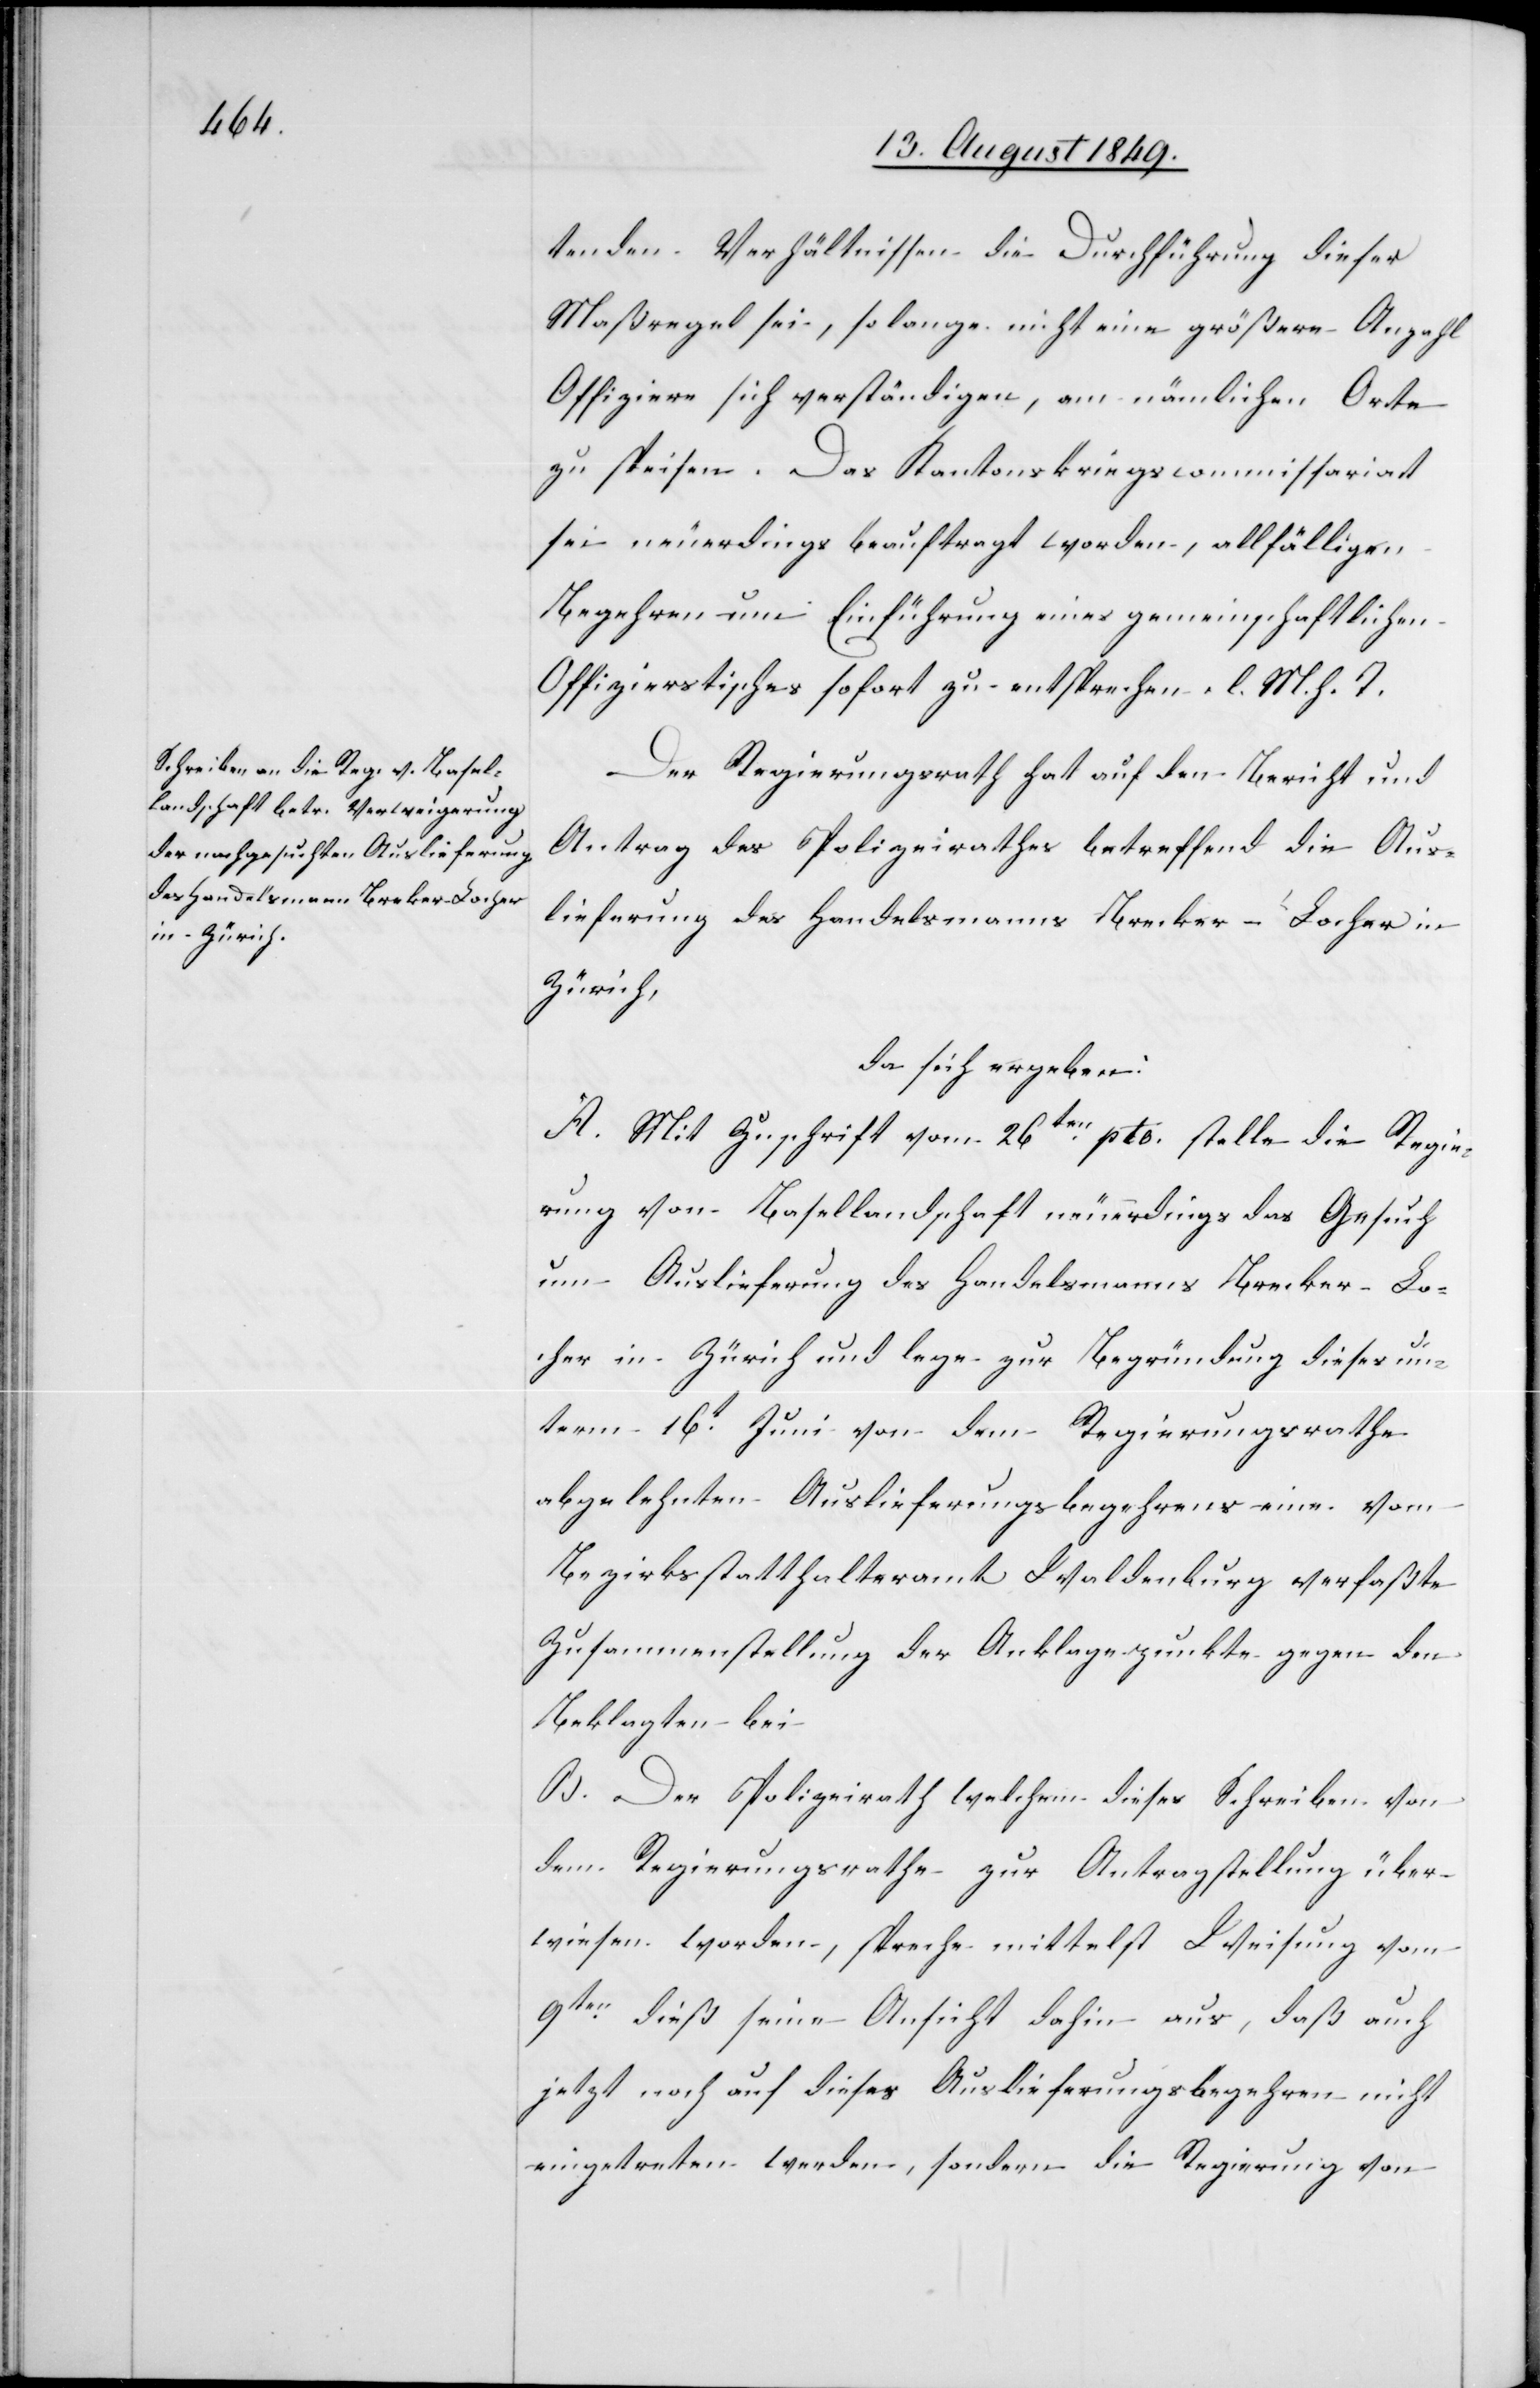
tenden Verhältnissen die Durchführung dieser
Maßregel sei, so lange nicht eine größere Anzahl
Offiziere sich verständigen, am nämlichen Orte
zu speisen. Das Kantonskriegscommissariat
sei neuerdings beauftragt worden, allfälligen
Begehren um Einführung eines gemeinschaftlichen
Offizierstisches sofort zu entsprechen. l. M. h. T.
Der Regierungsrath hat auf den Bericht und
Antrag des Polizeirathes betreffend die Aus¬
lieferung des Handelsmanns Brecker-Locher
Zürich,
da sich ergeben:
A. Mit Zuschrift vom 26ten pto. stelle die Regie¬
rung von Basellandschaft neuerdings das Gesuch
um Auslieferung des Handelsmanns Brecker-Lo¬
cher in Zürich und lege zur Begründung dieses un¬
term 16t Juni von dem Regierungsrathe
abgelehnten Auslieferungsbegehrens eine vom
Bezirksstatthalteramt Waldenburg verfaßte
Zusammenstellung der Anklagepunkte gegen den
Beklagten bei
B. Der Polizeirath welchem dieses Schreiben von
dem Regierungsrathe zur Antragstellung über¬
wiesen worden, spreche mittelst Weisung vom
9ten dieß seine Ansicht dahin aus, daß auch
jetzt noch auf dieses Auslieferungsbegehren nicht
eingetreten werden, sondern die Regierung von